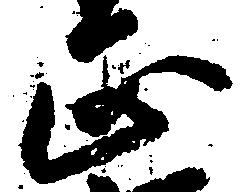
正